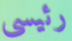
رئيسى